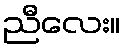
ညီလေး။